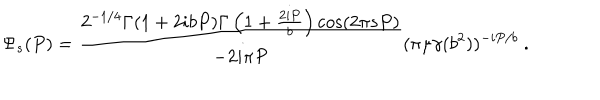
LaTeX: \Psi _ { s } ( P ) = \frac { 2 ^ { - 1 / 4 } \Gamma ( 1 + 2 i b P ) \Gamma \left( 1 + \frac { 2 i P } { b } \right) \cos ( 2 \pi s P ) } { - 2 i \pi P } ( \pi \mu \gamma ( b ^ { 2 } ) ) ^ { - i P / b } ~ .